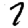
Digit: 7